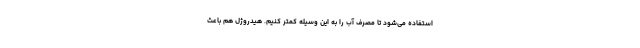
استفاده می‌شود تا مصرف آب را به این وسیله کمتر کنیم. هیدروژل هم باعث